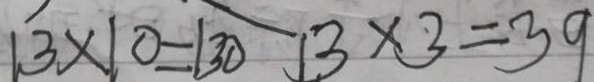
1 3 \times 1 0 - 1 3 0 1 3 \times 3 = 3 9